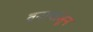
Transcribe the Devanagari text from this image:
वनापासून